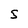
Character: S